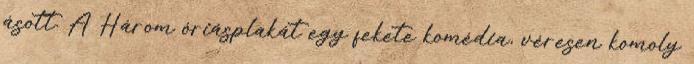
ásott. A Három óriásplakát egy fekete komédia, véresen komoly